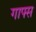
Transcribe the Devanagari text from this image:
गाफ्स